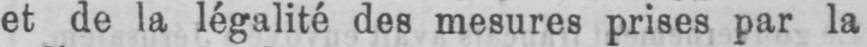
et de la légalité des mesures prises par la